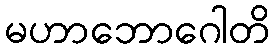
မဟာဘောဂေါတိ